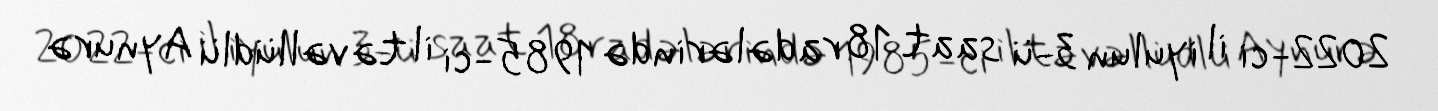
2022-ci il iyulun 3-ü saat 18 radələrində 1985-ci il təvəllüdlü Aynurə